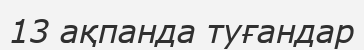
13 ақпанда туғандар